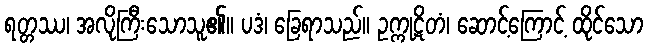
ရတ္တဿ၊ အလိုကြီးသောသူ၏။ ပဒံ၊ ခြေရာသည်။ ဥက္ကုဋိတံ၊ ဆောင့်ကြောင့် ထိုင်သော